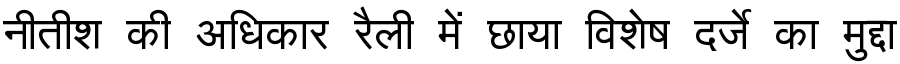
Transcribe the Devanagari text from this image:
नीतीश की अधिकार रैली में छाया विशेष दर्जे का मुद्दा